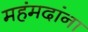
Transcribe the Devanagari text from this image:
महंमदांना